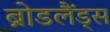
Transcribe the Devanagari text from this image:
ब्रोडलैंड्स